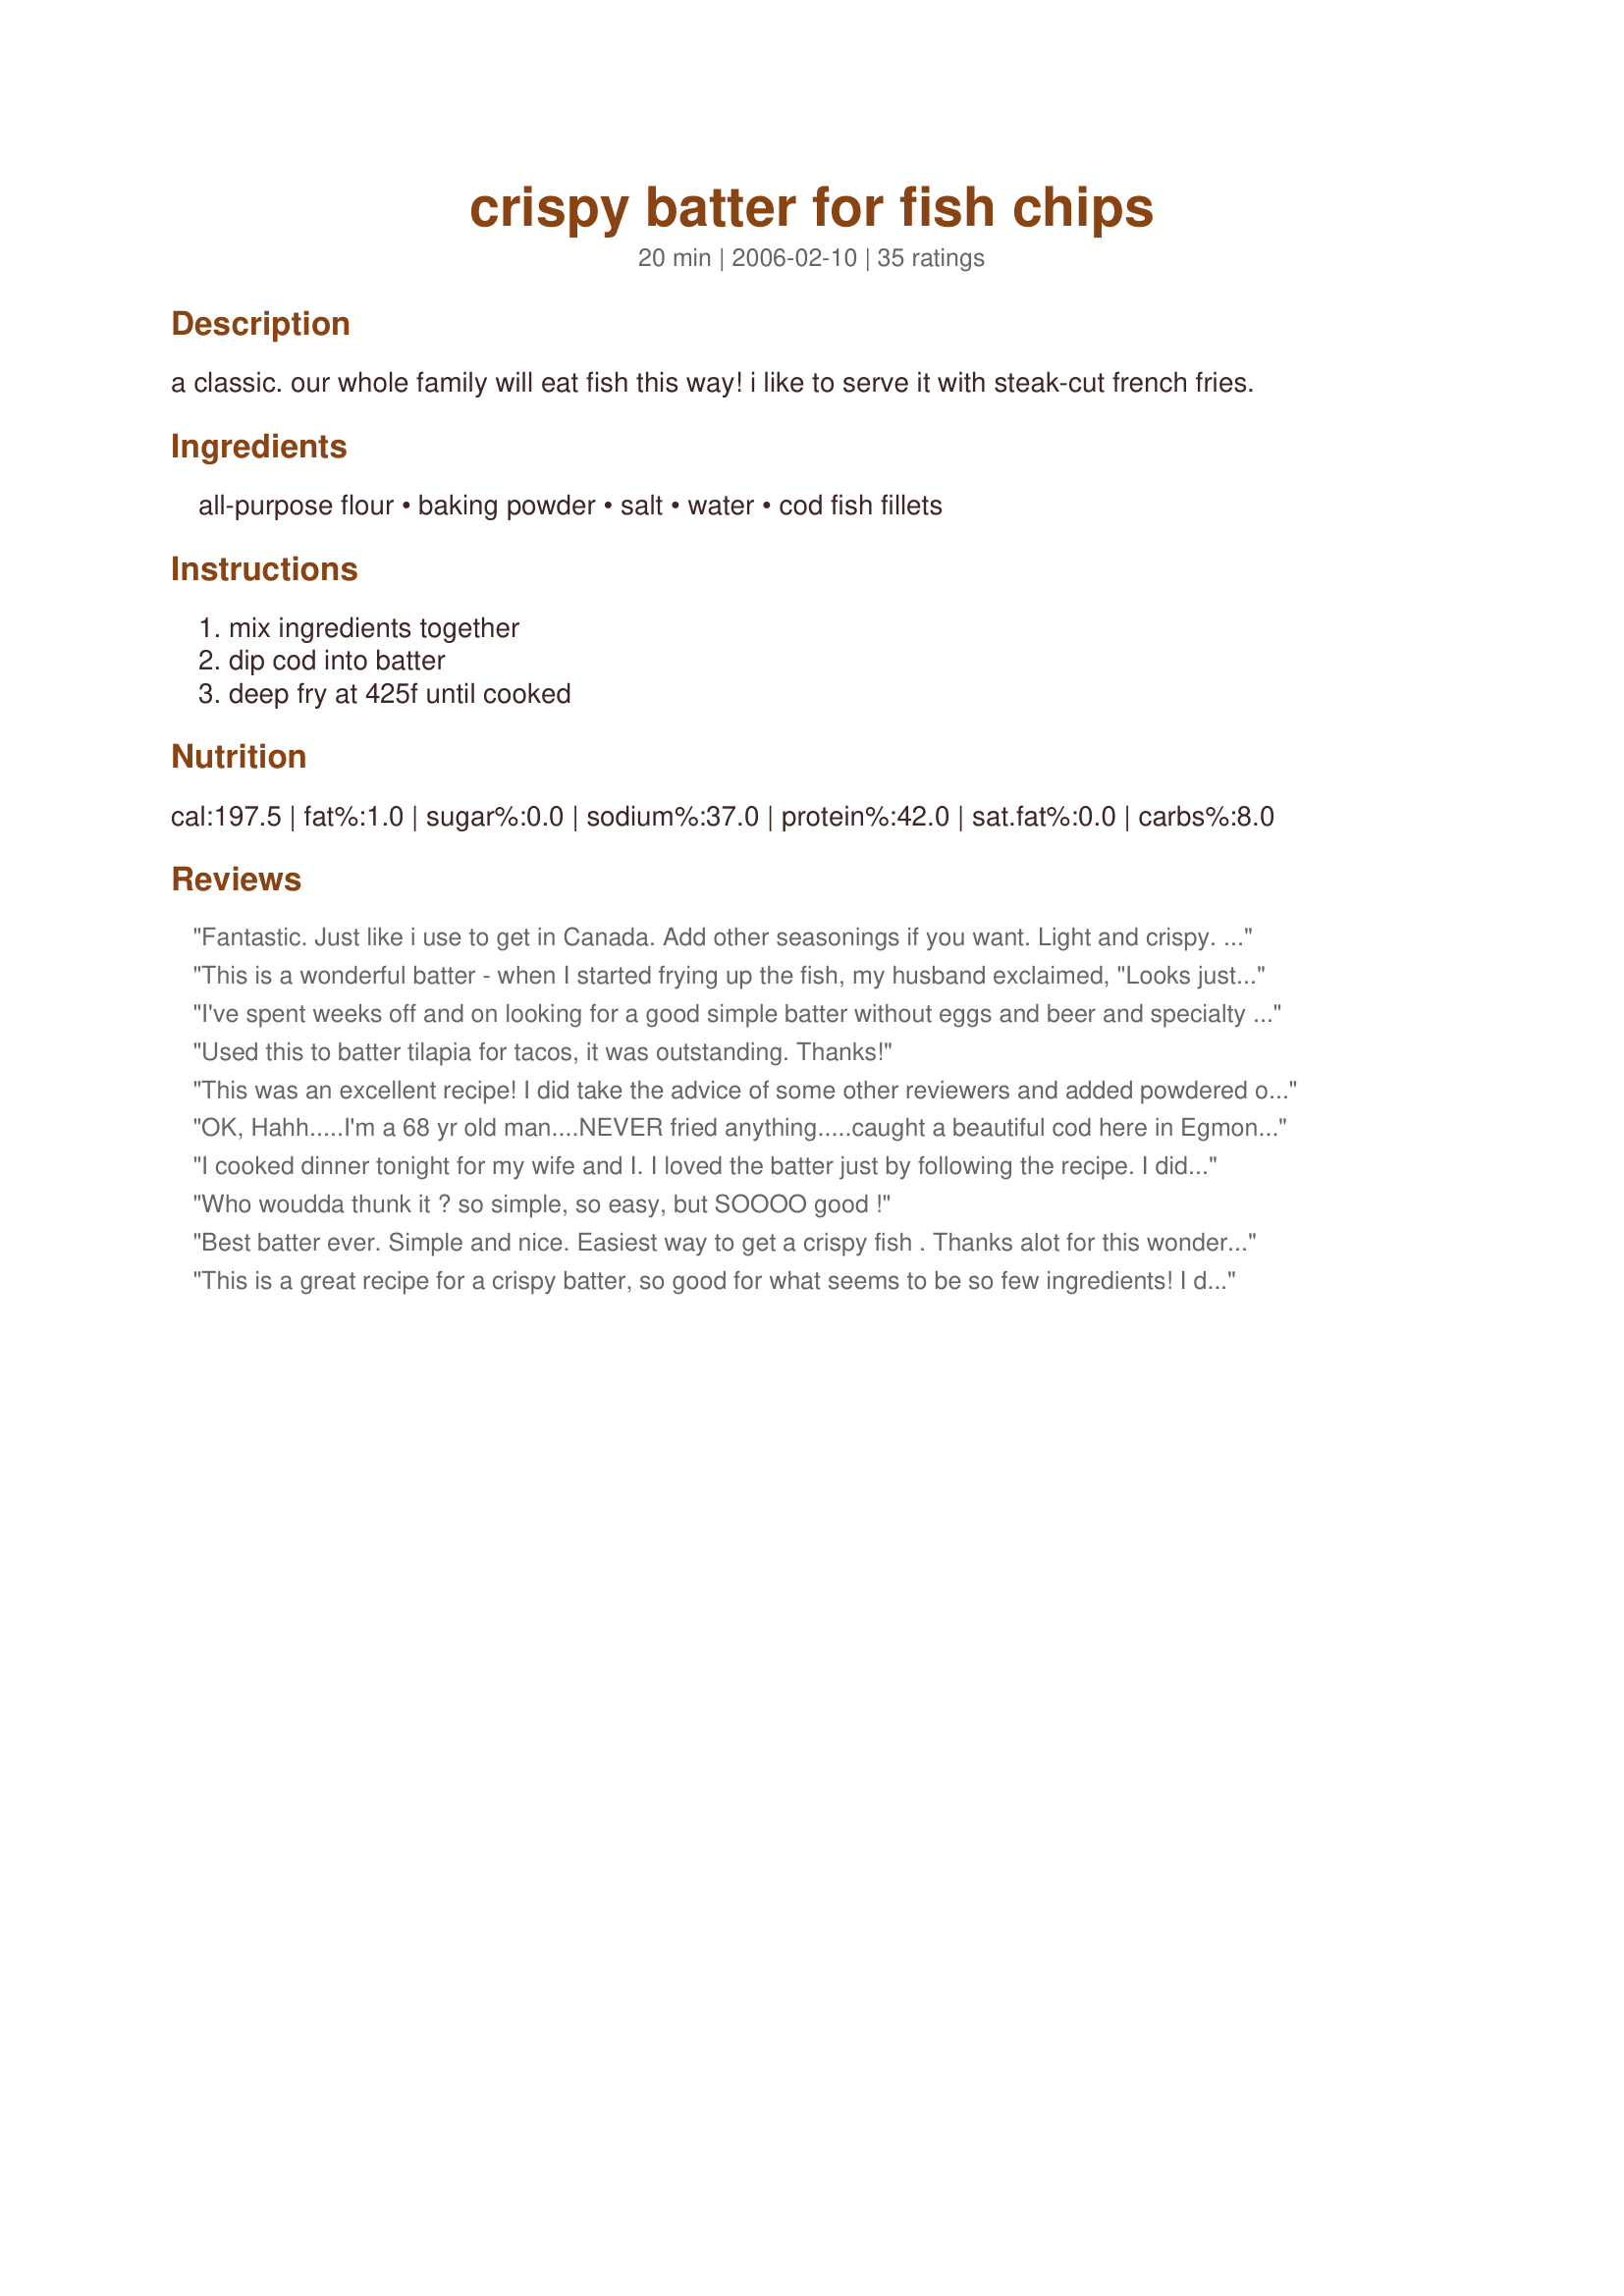
crispy batter for fish chips
Preparation time: 20 minutes

a classic. our whole family will eat fish this way! i like to serve it with steak-cut french fries.

Ingredients:
all-purpose flour, baking powder, salt, water, cod fish fillets

Steps:
mix ingredients together, dip cod into batter, deep fry at 425f until cooked

Reviews:
Fantastic. Just like i use to get in Canada. Add other seasonings if you want. Light and crispy. So easy and quick. Try it!!
This is a wonderful batter - when I started frying up the fish, my husband exclaimed, "Looks just like in a restaurant!" Light and crispy - I think next time I'll throw in a few seasonings. Thank you for posting such an easy and good recipe!
I've spent weeks off and on looking for a good simple batter without eggs and beer and specialty flour and sparkling water etc. Definitely not one using Bisquick. I like to do everything from scratch. Not a "box" kind of girl. A recipe that truly was crispy and stayed crispy throughout the entire meal. This recipe was so simple I doubted it would work, but low and behold it did. Light, crispy, beautiful golden colour and good flavour. I made it a little too thick but that was my fault. I didn't quite add enough water. Despite my booboo, the batter remained crispy not pudgy or soggy throughout the entire meal and bits of batter were still crispy as we cleaned off the dinner plates for washing . I cooked this at 376 as that is the highest my fryer goes. Also used freshly changed vegetable oil.<br/><br/>Thanks so much. I was getting tired of experimenting with every recipe out there. :O) Should be nice on Onion Rings as well.
Used this to batter tilapia for tacos, it was outstanding. Thanks!
This was an excellent recipe! I did take the advice of some other reviewers and added powdered onion and garlic with a dash of paprika. I also found that coating the fish helped keep the batter on the fish better. I tried it both ways. ;) My husband RAVED about it. That never happens. Thank you Hollyberry for an excellent recipe.
OK, Hahh.....I'm a 68 yr old man....NEVER fried anything.....caught a beautiful cod here in Egmont BC waters and decided to fry. I couldn't find my measuring cup so I eyeballed 1/2 a good size coffee mug with Flour and (cold!) Stella Beer. I had heard that baking powder was the key to crisp, so I carefully measured (really!!...hahh) a teaspoon, added a teaspoon of kosher salt, probably 3/4 of a teaspoon of fresh ground pepper, and mixed. I had the sunflower oil too hot (lots of smoke) but tossed in a piece and in 20 seconds it looked almost burnt, so I flipped it and turned the heat down. When it looked evenly almost burnt (30 secs later)I took it out.....exposed the fish, ate it (minus the batter) and it was delicious. Now I was ready for the second piece. The temperature looked better...barely smoking, so in went the 2nd piece....WOW.....light golden puffy looking in 3 minutes maybe. Took it out, put it on paper towels for a bit, salted it, and WOWWW can I ever cook!!! HAHHH! Delicious batter and fish.....guess I got lucky, but next time I'll (still use Stella Beer) I'll try a bit harder to stick to your recipe......maybe. ? Thanks......English style crispy mmmmmmm.
I cooked dinner tonight for my wife and I. I loved the batter just by following the recipe. I did Tilapia, battered and deep fried. This is as good as most any restaurant is. I loved it. What a treat to have such good results.
Who woudda thunk it ? so simple, so easy, but SOOOO good !
Best batter ever. Simple and nice. Easiest way to get a crispy fish . Thanks alot for this wonderful batter recipe! THUMBS UP PEEPS
This is a great recipe for a crispy batter, so good for what seems to be so few ingredients! I did add about a 1/4 cup more water, as it was a little to thick for my preference. I'll definitely be using this recipe again!
Absolutely perfect!
So simple, yet a great crispy, light and tasty batter.I used a metal bowl placed in the freezer for 10 mins after making the batter, gave it a realy god whisk so it was all fluffy and then covered the fish. Son &amp; Hubby said it was better than chip shop. [homemade chips aswell]
so easy to make turned out great i used it to make spam fritters and the only problem i had was the batter didnt stick to the meat for too long once it was on the plates maybe i should have wet the meat before soaking it in the batter but 5stars for this recipe beautiful crunchy batter been looking for this recipe for ages now the world is my batter lol
This is the only batter I'll use. Light. Crispy. Add a bit of Old Bay or Cayenne if you want, but it's yummy as is. I thought for awhile that I had lost the recipe--was a dummy and hadn't bookmarked it. I wanted to cry! So happy to find it again. And now it is saved, printed, bookmarked and in all ways available. :) Thanks for this great recipe.
This was brilliant!!! Really crispy, very, very impressed!!!
GREAT Batter! Just what I was looking for. Our son said the fish and chips in Oxford England were the best and this batter was the closest thing I have tried since he came home! Thanks for sharing! It is wonderfully crispy and puffy!
Finally, a batter that works superbly. Simple enough to make and my son loves it!!! So glad i found this.
Will never buy chip shop fish ever again!!! :) Thankyou so much
This recipe is fail-safe. Makes batter exactly as our family loves it.A weekly favourite
The batter itself is a bog-standard batter, The original way us peasants in the UK have had our fish and chips for hundreds of years. Adding egg and beer and sparkling water is a jumped up 70's chef idea. This is the best way and the true way to have it. The only change I would suggest is to use ICE cold water. Add ice cubes to the water, get it real cold. Sounds crazy but hot oil and the freezing batter puffs it up even more. Also if you are doing an oriental meal and looking for a great starter. Add a teaspoon of Chinese 5 spice and try it with prawns...mmmm
A very nice batter recipe. Extremely easy and a nice crispness to it. I dusted the fish before I dipped it in the batter and I cooked it for approximately 5 minutes. I also cooked it at 375 because that is what my fryer goes up to.....lol. Well done and much appreciated. Thanks for the posting.
A really nice crispy batter! Added 1 tbs of turmeric for added flavour because using freshwater fish. Excellent. *****
I Battered a fish called Basa tonight with this recipe. I had to enjoy a second piece. Simple, easy, fast and good. Thank you!
Worked perfectly nice, light and crispy. Such a simple recipe
Just tried this. It&#039;s really GOOD!!
This was just what I was looking for. I was having trouble finding a fish batter recipe that was crispy, little did I know the secret was in the amount of baking powder. Thank-you very much.
I created an account here for the sole purpose of writing this review. I followed this recipe to a tee Even put the batter in the freezer for 10 minutes while the deep fryer heated up. The batter stuck to everything but the fish and onion rings I was attempting to make, and destroyed all the oil in my fryer. The fish stuck to the bottom of the fryer basket, and came out an oily disgusting mess. Same with the onion rings. Dinner in the trash, guess I'm calling Pizza Hut. smh
An excellent recipe. So simple, yet it made beautiful, delicious, crispy golden batter!
Horrible is all I can say. Don&#039;t think I did anything wrong. The only difference was that in South Africa we don&#039;t get all purpose flour, so I used cake flour. Anyway. The result was a dense batter with no taste and horrible texture. I need to keep looking for a good fish and chips batter.
I let it set out for about an hour before deep frying some lake trout in this, added some seasoned salt and a little garlic powder and it turned out WONDERFUL. thank you. (: *** edit: I made this last night with a little bit of paprika, ground mustard, and again the garlic powder and seasoned salt on some tilapia strips last night and I actually didn't have time to let it sit so I used it right away and it worked perfectly. definately will be doing this everytime.
Easy, crisp, light batter. After years of trying different ways to get crisp, tasty fish, I've finally found it. Recipe was easy. Like others, I cut the baking powder down to 2 tsp. I also added salt, garlic powder and onion powder and floured the cod before placing it in the batter. The first fillet stuck, but after I figured out to lower it slowly into the hot oil, the rest were perfect!
Awesome batter! Amazing that such a simple recipe can work so good! After trying many times to make a batter that stays crispy, and doesn't fall off the fish, I finally found it... Thanks Alot!
I took a chance used this as a batter for oven baked cod - and it came out great.&lt;br/&gt;I enjoyed that this was not a bread crumb or corn meal batter.&lt;br/&gt;Not super crispy like it would be if fried, but still firm and golden.&lt;br/&gt;&lt;br/&gt;I added 1/2t garlic powder, 1/2t smoked paprika, and 1/4t chili powder.&lt;br/&gt;&lt;br/&gt;I put 1t olive oil on baking parchment (lining a cookie sheet), and spread it around well with a basting brush.&lt;br/&gt;I dipped the cod into the batter quickly, then arranged on the parchment.&lt;br/&gt;&lt;br/&gt;Baked in well preheated oven at 425 for 20 minutes (convection oven worked best; non-convection was ok as well).&lt;br/&gt;Once the fish was cooked, I broiled for just a few moments to turn the batter extra golden.&lt;br/&gt;&lt;br/&gt;Once we plated the fish, I moved the additional pieces to a cookie rack so the bottoms would not become soggy.&lt;br/&gt;&lt;br/&gt;Served with choice of lemon, vinegar, and dill tartar sauce.&lt;br/&gt;&lt;br/&gt;Everyone loved it!
I would give this 5 stars, but I made a change. I used beer instead of water & a dash cayenne & let batter set covered for about 3 hours. also dipped the fish in wonder flour first. This is the best batter, will never use anything else. Even after setting the fish never got soggy, the taste was so devine, could not stop eating it. Thanks hollyberry for this great base. I'm sure the recipe as is, must be great also.
Nice easy recipe without any weird & wacky ingredients. Just the ticket when whim dictated fish n chips for dinner!
